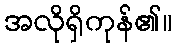
အလိုရှိကုန်၏။